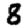
Digit: 8